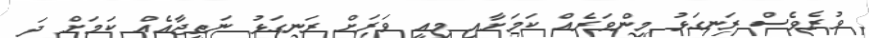
ވުރެވެސް ރަނގަޅު މިންވަރެއް ކަމަށާއި މިއީ ވަރަށް ރަނގަޅު ނަތީޖާއެއް ކަމަށް ދަ